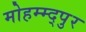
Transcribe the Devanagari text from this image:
मोहम्म्द्पुर